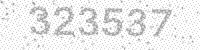
Solution: 323537